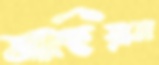
মাহিয়ানা